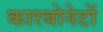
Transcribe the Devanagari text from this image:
कारबोनेटों